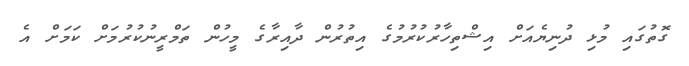
ގޮތުގައި މުޅި ދުނިޔެއަށް އިޝްތިހާރުކުރުމުގެ އިތުރުން ދާއިރާގެ މީހުން ތަމްރީނުކުރުމަށް ކަމަށް އެ